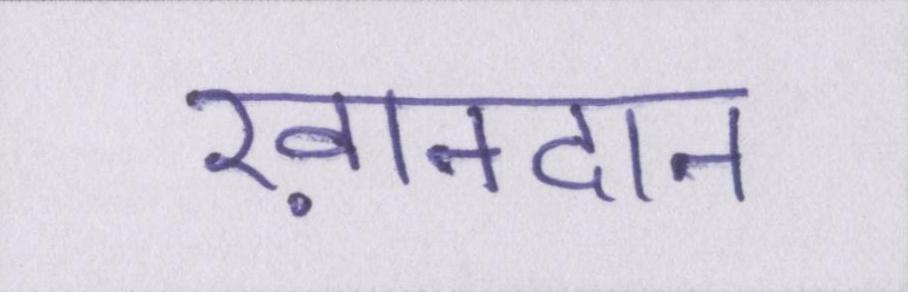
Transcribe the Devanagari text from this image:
ख़ानदान